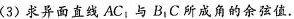
(3)求异面直线AC_{1}，与B_{1}C所成角的余弦值。